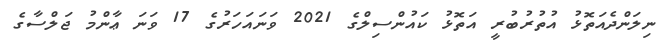
ނިލަންދެއަތޮޅު އުތުރުބުރީ އަތޮޅު ކައުންސިލްގެ 2021 ވަނައަހަރުގެ 17 ވަނަ ޢާންމު ޖަލްސާގެ